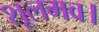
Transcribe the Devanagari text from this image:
शूलगव।